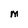
Character: M